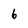
Character: 6